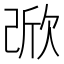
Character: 𣣁